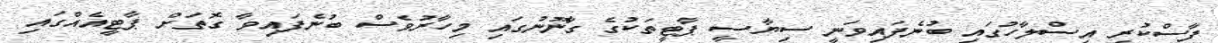
ފާސްކުރި އިސްލާހުގައި ބުނެފައިވަނީ ސިޔާސީ ޕާޓީތަކުގެ ގާނޫނުގައި މިހާރުވެސް ބުނެފައިވާ ގޮތަށް ޕާޓީއެއްގައި